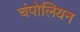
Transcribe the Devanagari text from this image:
चंपोलियन